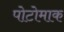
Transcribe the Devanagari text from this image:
पोटोमाक